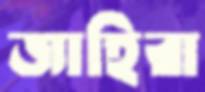
জাহিরা